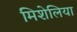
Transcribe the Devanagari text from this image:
मिशेलिया